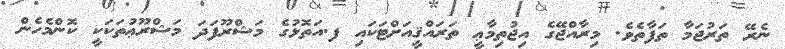
ނެރޭ ތަރުޖަމާ ތަފާތެވެ. މިރާއްޖޭގެ އިޖުތިމާޢީ ތަރައްޤީއަށްޓަކައި ފ.އަތޮޅުގެ މަޝްރޫފަދަ މަޝްރޫޢުތަކަކީ ކޮންމެހެން